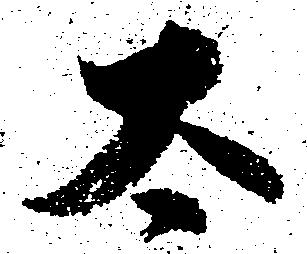
太